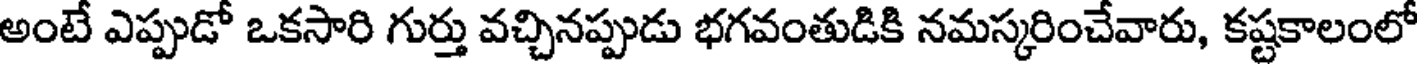
అంటే ఎప్పుడో ఒకసారి గుర్తు వచ్చినప్పుడు భగవంతుడికి నమస్కరించేవారు, కష్టకాలంలో